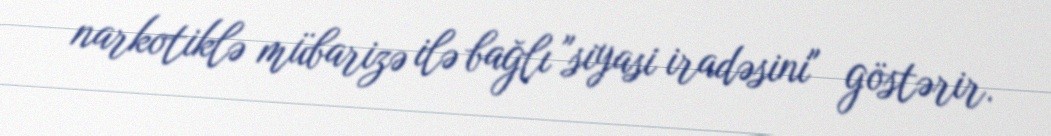
narkotiklə mübarizə ilə bağlı "siyasi iradəsini" göstərir.